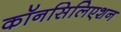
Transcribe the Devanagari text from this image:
कॉनसिलिएशन